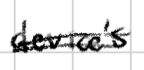
Text: device's
Cross-out: double-line
Writing tool: digital_black